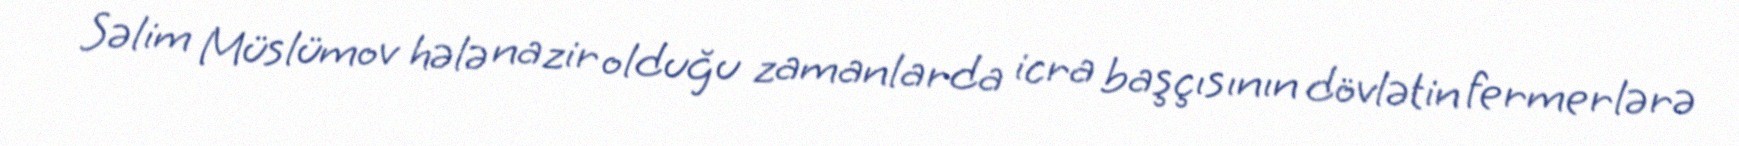
Səlim Müslümov hələ nazir olduğu zamanlarda icra başçısının dövlətin fermerlərə